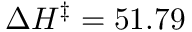
\Delta H ^ { \ddagger } = 5 1 . 7 9